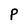
Character: P